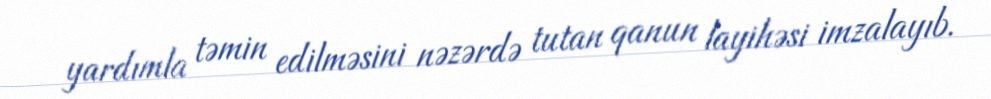
yardımla təmin edilməsini nəzərdə tutan qanun layihəsi imzalayıb.